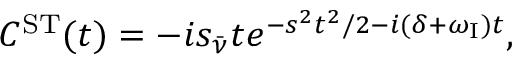
\begin{array} { r } { C ^ { \mathrm { { S T } } } ( t ) = - i s _ { \bar { \nu } } t e ^ { - s ^ { 2 } t ^ { 2 } / 2 - i ( \delta + \omega _ { \mathrm { { I } } } ) t } , } \end{array}